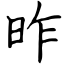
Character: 昨